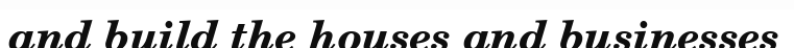
and build the houses and businesses